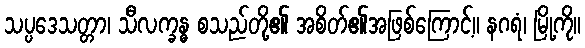
သပ္ပဒေသတ္တာ၊ သီလက္ခန္ဓ စသည်တို့၏ အစိတ်၏အဖြစ်ကြောင့်။ နဂရံ၊ မြို့ကို။